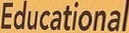
Educational